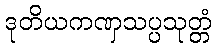
ဒုတိယကဏှသပ္ပသုတ္တံ